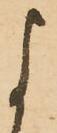
よ